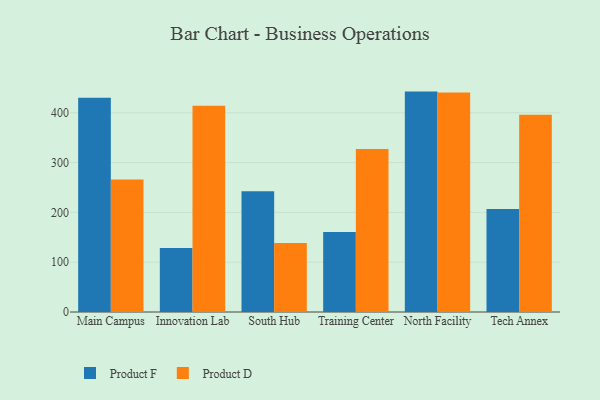
{"axis": {"x": "Campus", "y": "Temperature (°C)"}, "legend": ["Product D", "Product F"], "data": [{"x": "Main Campus", "y": 430.4, "type": "Product F"}, {"x": "Main Campus", "y": 266.1, "type": "Product D"}, {"x": "Innovation Lab", "y": 128.6, "type": "Product F"}, {"x": "Innovation Lab", "y": 413.9, "type": "Product D"}, {"x": "South Hub", "y": 242.6, "type": "Product F"}, {"x": "South Hub", "y": 138.7, "type": "Product D"}, {"x": "Training Center", "y": 160.6, "type": "Product F"}, {"x": "Training Center", "y": 327.5, "type": "Product D"}, {"x": "North Facility", "y": 442.5, "type": "Product F"}, {"x": "North Facility", "y": 440.6, "type": "Product D"}, {"x": "Tech Annex", "y": 206.9, "type": "Product F"}, {"x": "Tech Annex", "y": 395.9, "type": "Product D"}]}